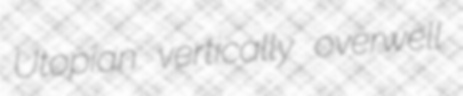
Utopian vertically overwell